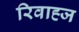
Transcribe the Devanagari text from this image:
रिवाह्ज